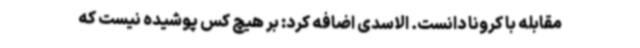
مقابله با کرونا دانست. الاسدی اضافه کرد: بر هیچ کس پوشیده نیست که